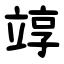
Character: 䇏